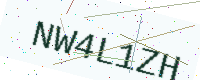
Text: NW4L1ZH